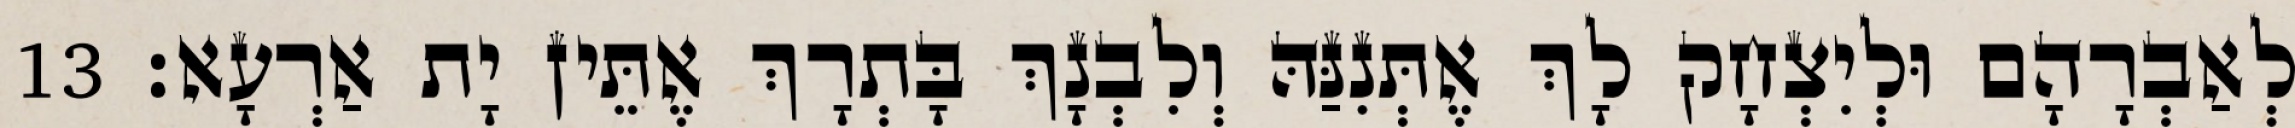
לְאַבְרָהָם וּלְיִצְחָק לָךְ אֶתְּנִנַּהּ וְלִבְנָךְ בָּתְרָךְ אֶתֵּין יָת אַרְעָא׃ 13